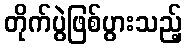
တိုက်ပွဲဖြစ်ပွားသည့်